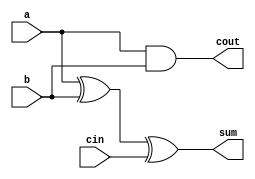
module full_adder1(a,b,cin,sum,cout);
input a,b,cin;
output sum,cout;
assign sum = a^b^cin;
assign cout = a&b|1'b1&(a&b); 
// initial begin
//     $display("The incorrect adder with and1 having in1/1");
// end   
endmodule